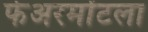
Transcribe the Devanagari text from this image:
फेअरमोंटला